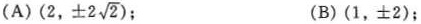
(A)(2, \pm 2 \sqrt{2}); (B)(1，\pm 2);